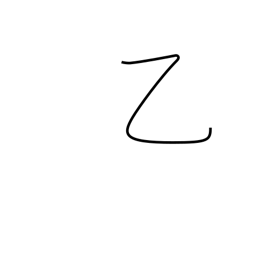
Meaning: strange